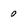
Character: 0